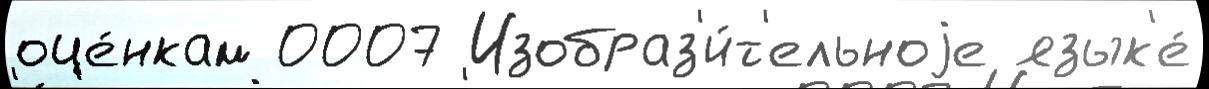
оце́нкам 0007 Изобраз'и́т'ельноjе язык'е́